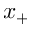
x _ { + }